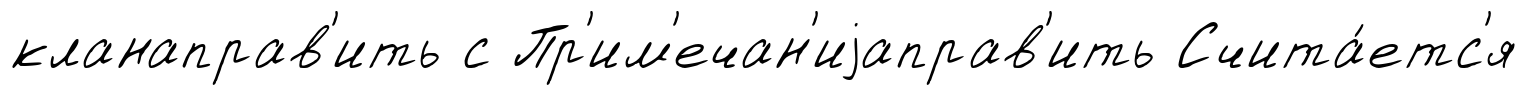
кланаправ'ить с Пр'им'ечан'иjаправ'ить Счита́етс'я